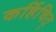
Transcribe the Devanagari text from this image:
कर्हिचित्